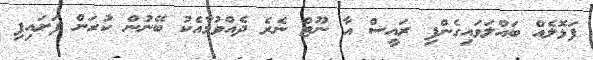
ފަޅޮލެއް ބައްލަވައިގެންފި ރައީސް އާ ނޫޓް ނެރެ ދެއްވުމާއެކު ބޭނުން ކުރަން ފަށައިފި